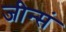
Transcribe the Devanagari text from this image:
जीन्सं